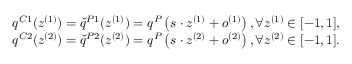
\begin{array} { r l } & { q ^ { C 1 } ( z ^ { ( 1 ) } ) = \check { q } ^ { P 1 } ( z ^ { ( 1 ) } ) = q ^ { P } \left( s \cdot z ^ { ( 1 ) } + o ^ { ( 1 ) } \right) , \forall z ^ { ( 1 ) } \in [ - 1 , 1 ] , } \\ & { q ^ { C 2 } ( z ^ { ( 2 ) } ) = \check { q } ^ { P 2 } ( z ^ { ( 2 ) } ) = q ^ { P } \left( s \cdot z ^ { ( 2 ) } + o ^ { ( 2 ) } \right) , \forall z ^ { ( 2 ) } \in [ - 1 , 1 ] . } \end{array}